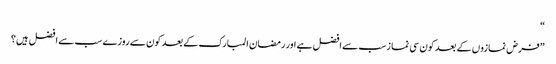
“
”فرض نمازوں کے بعد کون سی نما زسب سے افضل ہے اور رمضان المبارک کے بعد کون سے روزے سب سے افضل ہیں؟